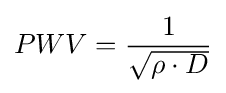
PWV={\frac {1}{\sqrt {\rho \cdot D}}}